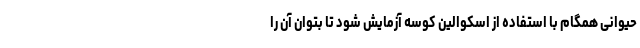
حیوانی همگام با استفاده از اسکوالین کوسه آزمایش شود تا بتوان آن را